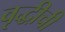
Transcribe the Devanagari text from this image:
वृद्धीची